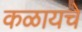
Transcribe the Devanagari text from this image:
कळायचे